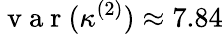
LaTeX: \mathrm{~v~a~r~}(\kappa^{(2)})\approx 7.84